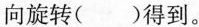
向旋转()得到。